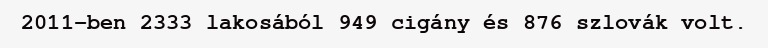
2011-ben 2333 lakosából 949 cigány és 876 szlovák volt.